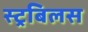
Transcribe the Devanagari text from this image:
स्ट्रबिलस